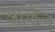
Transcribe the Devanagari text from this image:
आर्लन